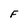
Character: F